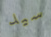
سيد